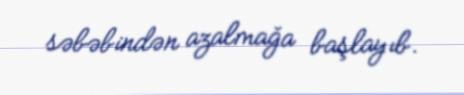
səbəbindən azalmağa başlayıb.